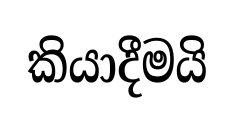
කියාදීමයි